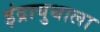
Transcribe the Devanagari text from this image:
इंद्रायुधाला